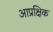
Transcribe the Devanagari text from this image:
आप्रक्षिक